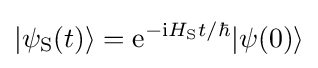
|\psi _{\text{S}}(t)\rangle =\mathrm {e} ^{-\mathrm {i} H_{\text{S}}t/\hbar }|\psi (0)\rangle